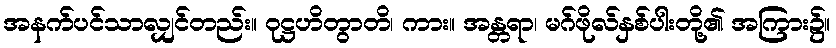
အနက်ပင်သာလျှင်တည်း။ ဝုဋ္ဌဟိတွာတိ၊ ကား။ အန္တရာ၊ မဂ်ဖိုလ်နှစ်ပါးတို့၏ အကြား၌။